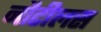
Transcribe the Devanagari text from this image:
नौटीलस